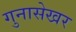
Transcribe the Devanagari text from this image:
गुनासेखर